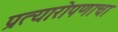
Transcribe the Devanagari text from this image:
प्रत्यारोपणाचा